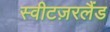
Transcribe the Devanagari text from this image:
स्वीटज़रलैंड